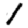
Digit: 1